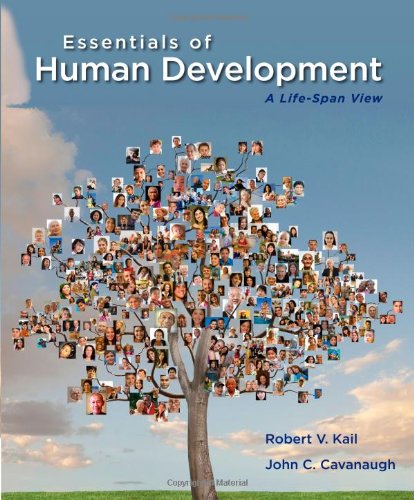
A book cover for Essentials of Human Development: A Life-Span View (Explore Our New Psychology 1st Editions); Robert V. Kail; Health, Fitness & Dieting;